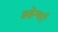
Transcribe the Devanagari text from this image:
शक्रेश्वरी